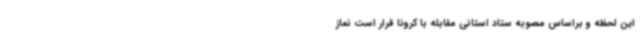
این لحظه و براساس مصوبه ستاد استانی مقابله با کرونا قرار است نماز